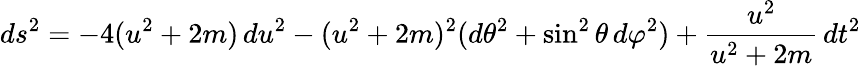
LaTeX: ds^{2}=-4(u^{2}+2m)\, du^{2}-(u^{2}+2m)^{2}(d\theta^{2}+\sin^{2}\theta\, d\varphi^{2})+{\frac{u^{2}}{u^{2}+2m}}\, dt^{2}